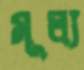
মূল্য